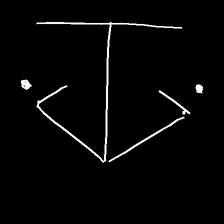
Glyph: earth